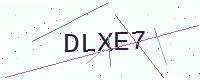
Text: DLXE7